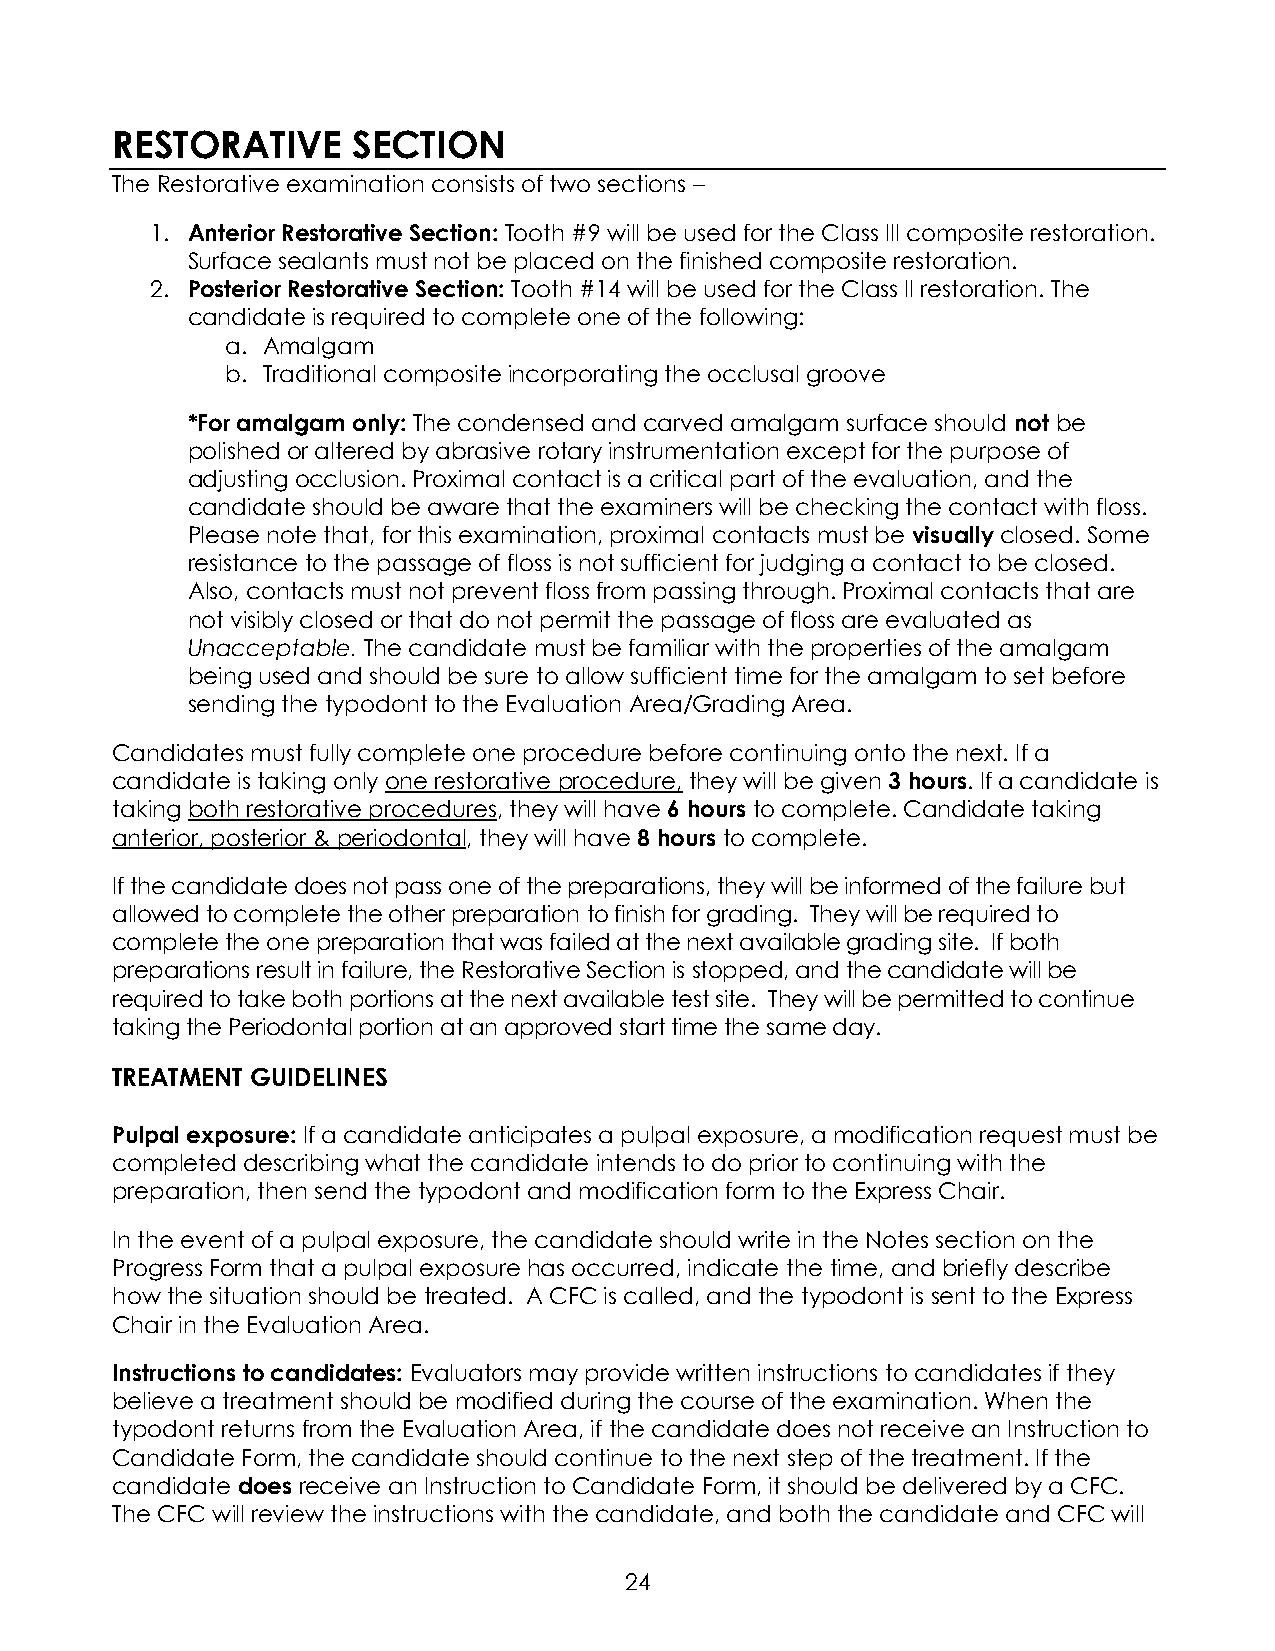
RESTORATIVE     SECTION
 The Restorative examination consists of two sections –
 1. Anterior Restorative Section: Tooth #9 will be used for the Class III composite restoration.
 Surface sealants must not be placed on the finished composite restoration.
 2. Posterior Restorative Section: Tooth #14 will be used for the Class II restoration. The
 candidate is required to complete one of the following:
 a. Amalgam
 b. Traditional composite incorporating the occlusal groove
 *For amalgam only: The condensed and carved amalgam surface should not be
 polished or altered by abrasive rotary instrumentation except for the purpose of
 adjusting occlusion. Proximal contact is a critical part of the evaluation, and the
 candidate should be aware that the examiners will be checking the contact with floss.
 Please note that, for this examination, proximal contacts must be visually closed. Some
 resistance to the passage of floss is not sufficient for judging a contact to be closed.
 Also, contacts must not prevent floss from passing through. Proximal contacts that are
 not visibly closed or that do not permit the passage of floss are evaluated as
 Unacceptable. The candidate must be familiar with the properties of the amalgam
 being used and should be sure to allow sufficient time for the amalgam to set before
 sending the typodont to the Evaluation Area/Grading Area.
 Candidates must fully complete one procedure before continuing onto the next. If a
 candidate is taking only one restorative procedure, they will be given 3 hours. If a candidate is
 taking both restorative procedures, they will have 6 hours to complete. Candidate taking
 anterior, posterior & periodontal, they will have 8 hours to complete.
 If the candidate does not pass one of the preparations, they will be informed of the failure but
 allowed to complete the other preparation to finish for grading. They will be required to
 complete the one preparation that was failed at the next available grading site. If both
 preparations result in failure, the Restorative Section is stopped, and the candidate will be
 required to take both portions at the next available test site. They will be permitted to continue
 taking the Periodontal portion at an approved start time the same day.
 TREATMENT GUIDELINES
 Pulpal exposure: If a candidate anticipates a pulpal exposure, a modification request must be
 completed describing what the candidate intends to do prior to continuing with the
 preparation, then send the typodont and modification form to the Express Chair.
 In the event of a pulpal exposure, the candidate should write in the Notes section on the
 Progress Form that a pulpal exposure has occurred, indicate the time, and briefly describe
 how the situation should be treated. A CFC is called, and the typodont is sent to the Express
 Chair in the Evaluation Area.
 Instructions to candidates: Evaluators may provide written instructions to candidates if they
 believe a treatment should be modified during the course of the examination. When the
 typodont returns from the Evaluation Area, if the candidate does not receive an Instruction to
 Candidate Form, the candidate should continue to the next step of the treatment. If the
 candidate does receive an Instruction to Candidate Form, it should be delivered by a CFC.
 The CFC will review the instructions with the candidate, and both the candidate and CFC will
 24